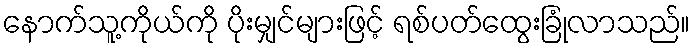
နောက်သူ့ကိုယ်ကို ပိုးမျှင်များဖြင့် ရစ်ပတ်ထွေးခြုံလာသည်။